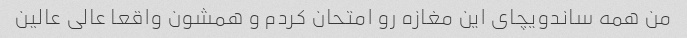
من همه ساندویچای این مغازه رو امتحان کردم و همشون واقعا عالی عالین